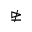
\ntrianglerighteq